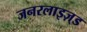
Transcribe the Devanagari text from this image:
जनरलाइज़्ड